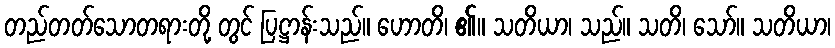
တည်တတ်သောတရားတို့ တွင် ပြဋ္ဌာန်းသည်။ ဟောတိ၊ ၏။ သတိယာ၊ သည်။ သတိ၊ သော်။ သတိယာ၊